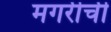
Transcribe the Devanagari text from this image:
मगरीची